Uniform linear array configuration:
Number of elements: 48
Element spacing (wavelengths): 0.5
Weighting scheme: cosine
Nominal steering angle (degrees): -30
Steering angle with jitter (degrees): -31.356
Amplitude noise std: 0.05
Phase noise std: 0.05

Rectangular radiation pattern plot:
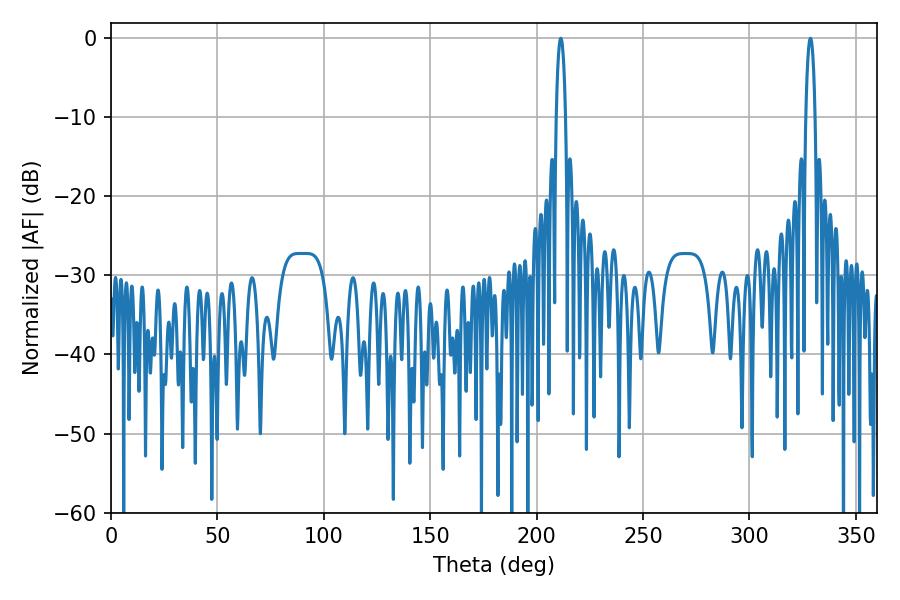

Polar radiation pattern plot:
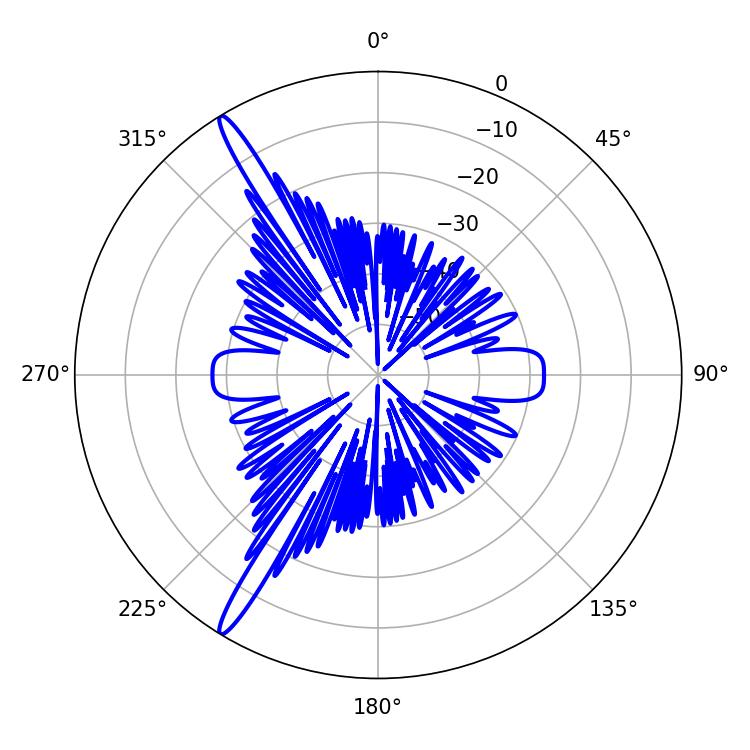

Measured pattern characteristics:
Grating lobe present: FALSE
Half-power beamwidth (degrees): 2.52
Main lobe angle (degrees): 211.32